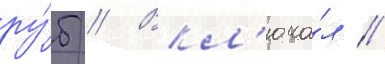
ру́б // Вкл'юча́л //